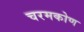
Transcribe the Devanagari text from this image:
चरमकोण